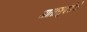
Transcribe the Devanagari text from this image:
मातासुंदरीने